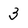
Character: 3